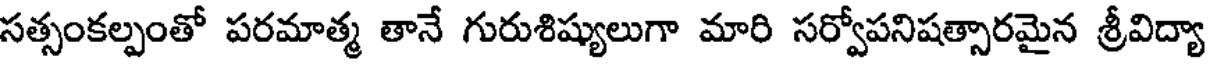
సత్సంకల్పంతో పరమాత్మ తానే గురుశిష్యులుగా మారి సర్వోపనిషత్సారమైన శ్రీవిద్యా